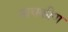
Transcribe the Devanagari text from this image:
नायकीण